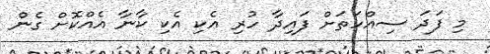
މި ފަދަ ސިއްހަތަށް ފައިދާ ހުރި އެކި އެކި ކާނާ އެއްކޮށް ގެން